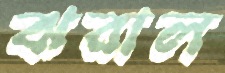
ঝরাল